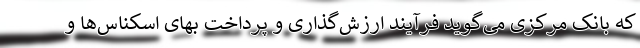
که بانک مرکزی می‌گوید فرآیند ارزش‌گذاری و پرداخت بهای اسکناس‌ها و